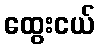
ထွေးငယ်